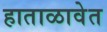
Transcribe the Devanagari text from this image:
हाताळावेत